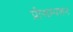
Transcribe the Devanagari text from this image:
प्रीसम्पशन